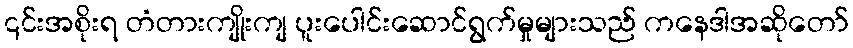
၎င်းအစိုးရ တံတားကျိုးကျ ပူးပေါင်းဆောင်ရွက်မှုများသည် ကနေဒါအဆိုတော်